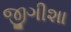
જીગીશા